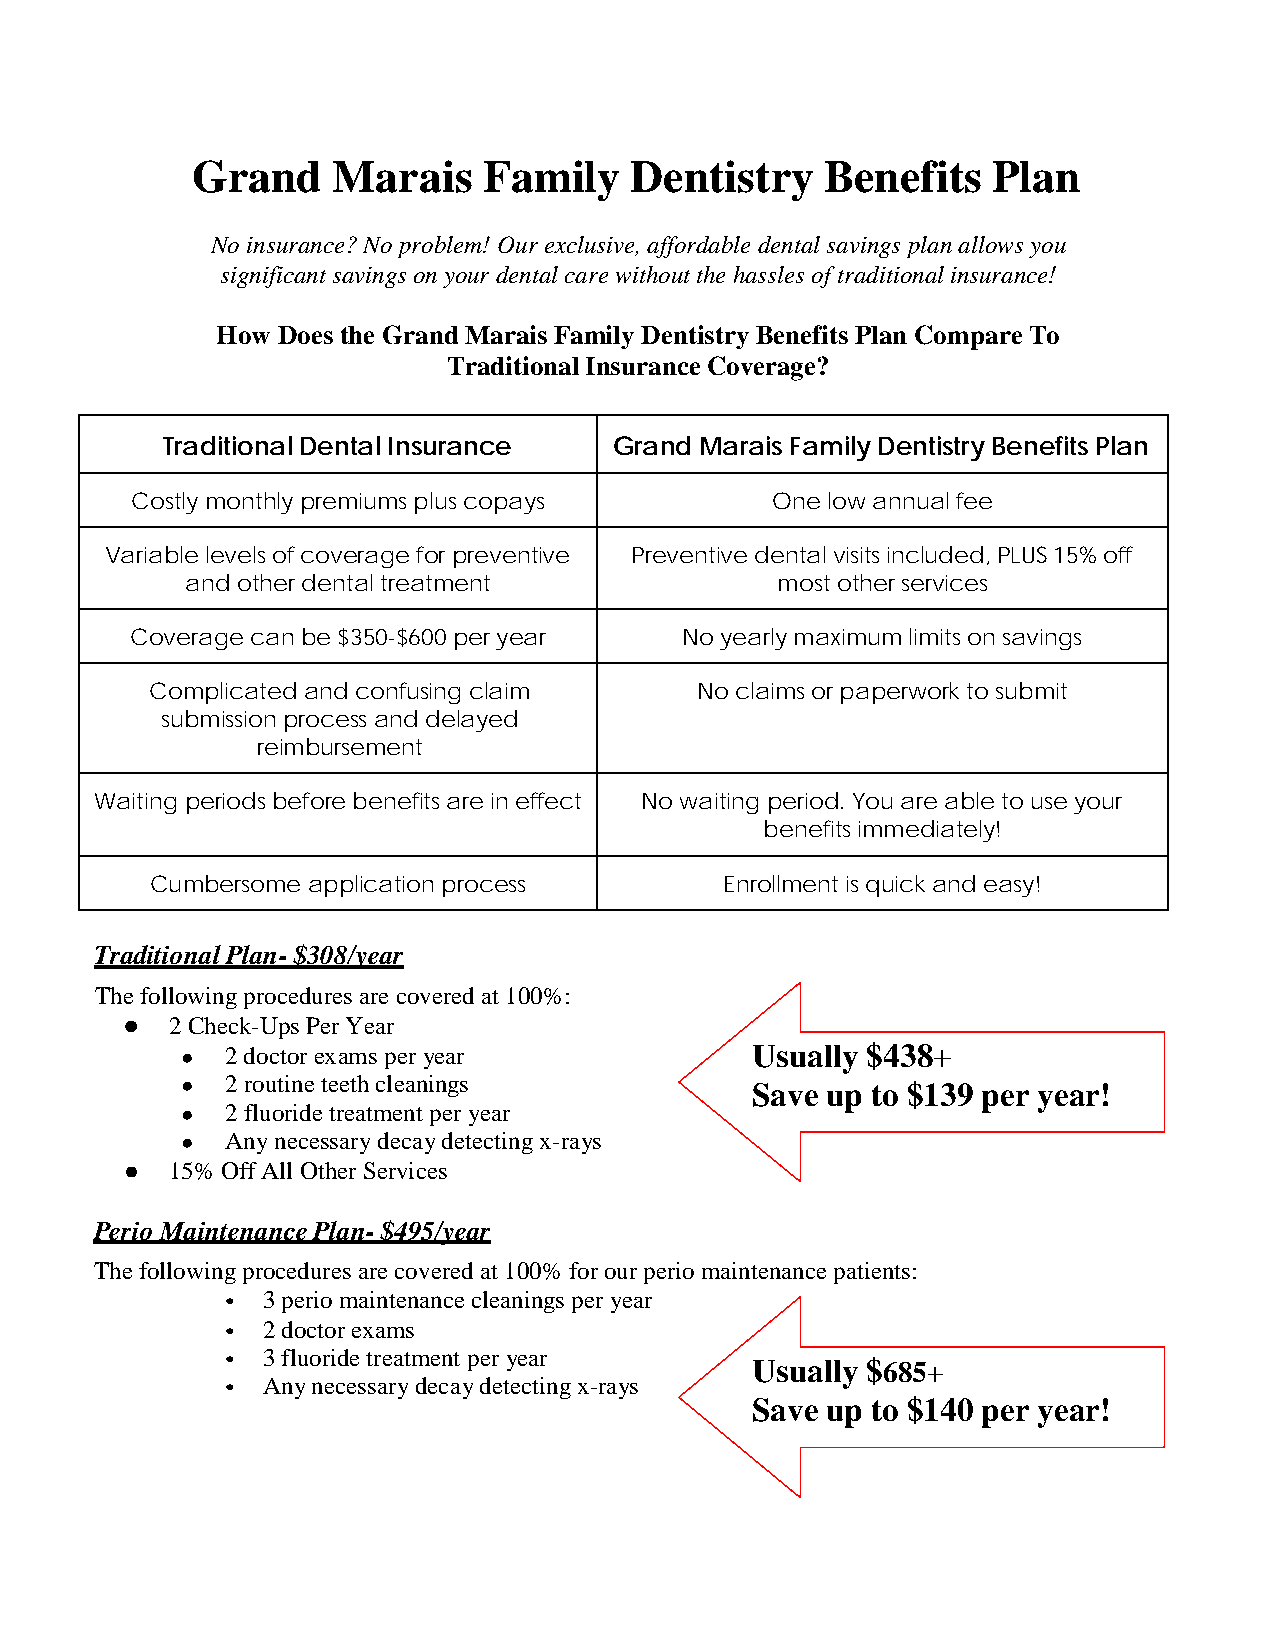
Grand    Marais    Family    Dentistry    Benefits   Plan
 No insurance? No problem! Our exclusive, affordable dental savings plan allows you
 significant savings on your dental care without the hassles of traditional insurance!
 How Does the Grand Marais Family Dentistry Benefits Plan Compare To
 Traditional Insurance Coverage?
 Traditional Dental Insurance  Grand Marais Family Dentistry Benefits Plan
 Costly monthly premiums plus copays       One low annual fee
 Variable levels of coverage for preventive Preventive dental visits included, PLUS 15% off
 and other dental treatment             most other services
 Coverage can be $350-$600 per year  No yearly maximum limits on savings
 Complicated and confusing claim     No claims or paperwork to submit
 submission process and delayed
 reimbursement
 Waiting periods before benefits are in effect No waiting period. You are able to use your
 benefits immediately!
 Cumbersome application process        Enrollment is quick and easy!
 Traditional Plan- $308/year
 The following procedures are covered at 100%:
 ●  2 Check-Ups Per Year
 ●  2 doctor exams per year            Usually $438+
 ●  2 routine teeth cleanings
 Save up to $139 per year!
 ●  2 fluoride treatment per year
 ●  Any necessary decay detecting x-rays
 ●  15% Off All Other Services
 Perio Maintenance Plan- $495/year
 The following procedures are covered at 100% for our perio maintenance patients:
 • 3 perio maintenance cleanings per year
 • 2 doctor exams
 • 3 fluoride treatment per year
 Usually $685+
 • Any necessary decay detecting x-rays
 Save up to $140 per year!